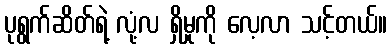
ပုရွက်ဆိတ်ရဲ့ လုံ့လ ရှိမှုကို လေ့လာ သင့်တယ်။